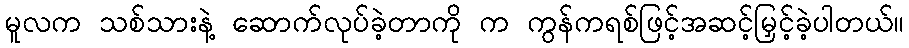
မူလက သစ်သားနဲ့ ဆောက်လုပ်ခဲ့တာကို က ကွန်ကရစ်ဖြင့်အဆင့်မြှင့်ခဲ့ပါတယ်။